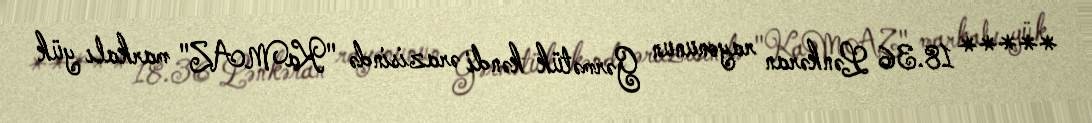
***** 18.36 Lənkəran rayonunun Gərmətük kəndi ərazisində "KaMAZ" markalı yük